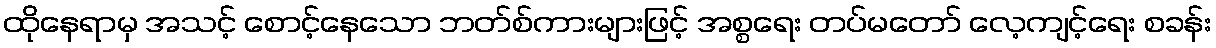
ထိုနေရာမှ အသင့် စောင့်နေသော ဘတ်စ်ကားများဖြင့် အစ္စရေး တပ်မတော် လေ့ကျင့်ရေး စခန်း